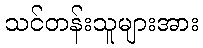
သင်တန်းသူများအား